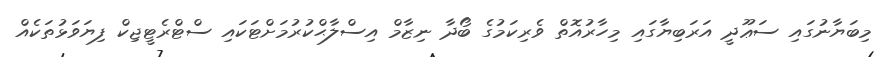
މިބަޔާނުގައި ސަޢޫދީ އަރަބިޔާގައި މިހާރުއޮތް ވެރިކަމުގެ ބޯދާ ނިޒާމް އިސްލާޙްކުރުމަށްޓަކައި ސްޓްރެޓީޖިކް ފިޔަވަޅުތަކެއް